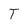
Character: T